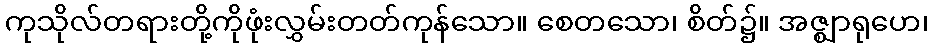
ကုသိုလ်တရားတို့ကိုဖုံးလွှမ်းတတ်ကုန်သော။ စေတသော၊ စိတ်၌။ အဇ္ဈာရုဟေ၊